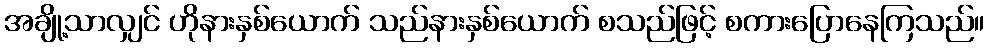
အချို့သာလျှင် ဟိုနားနှစ်ယောက် သည်နားနှစ်ယောက် စသည်ဖြင့် စကားပြောနေကြသည်။